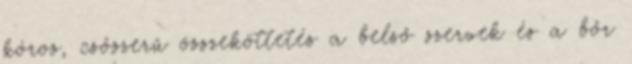
kóros, csőszerű összeköttetés a belső szervek és a bőr